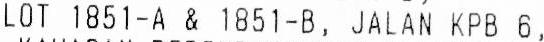
LOT 1851-A & 1851-B, JALAN KPB 6,